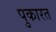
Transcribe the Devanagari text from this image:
पुकारत